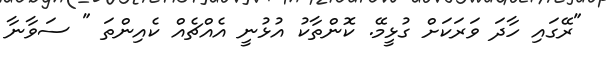
"ރޭގައި ހާދަ ވަރަކަށް ގުޅީމޭ. ކޮންތާކު އުޅުނީ އެއްޗެއް ކެއިންތަ " ސަވާނާ